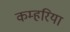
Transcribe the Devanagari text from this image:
कम्हरिया